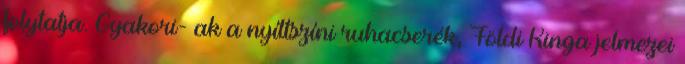
folytatja. Gyakori- ak a nyíltszíni ruhacserék, Földi Kinga jelmezei